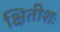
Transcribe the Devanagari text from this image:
क्षितीशः